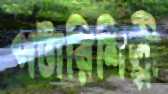
পটারিশিল্পী